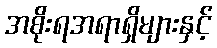
အစိုးရအရာရှိများနှင့်